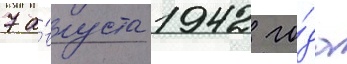
7 а́вгуста 1942 го́да